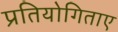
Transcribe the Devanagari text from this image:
प्रतियोगिताए